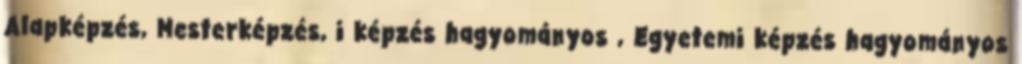
Alapképzés, Mesterképzés, i képzés hagyományos , Egyetemi képzés hagyományos